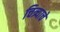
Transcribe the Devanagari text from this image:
चित्र्याचे